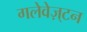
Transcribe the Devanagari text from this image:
गलेवेज़्टन